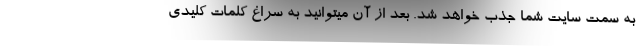
به سمت سایت شما جذب خواهد شد. بعد از آن میتوانید به سراغ کلمات کلیدی